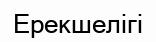
Ерекшелігі